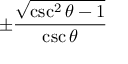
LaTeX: \pm { \frac { \sqrt { \csc ^ { 2 } \theta - 1 } } { \csc \theta } }